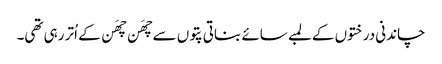
چاندنی درختوں کے لمبے سائے بناتی پتوں سے چھَن چھَن کے اُتر رہی تھی۔